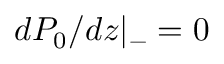
d P _ { 0 } / d z | _ { - } = 0